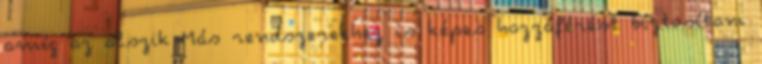
amíg az alszik Más rendszerekhez is képes hozzáférést biztosítani